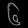
Digit: ၆